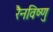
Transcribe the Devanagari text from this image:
रैनविष्णु